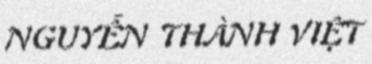
NGUYỄN THÀNH VIỆT